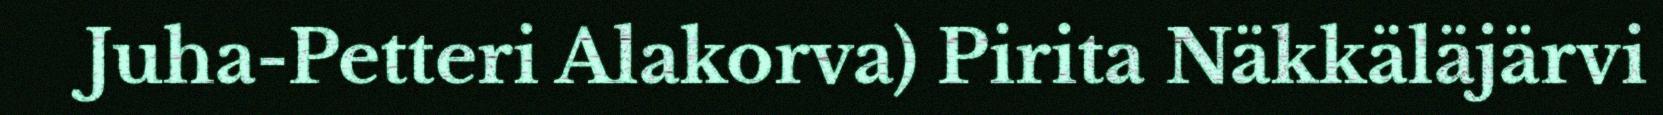
Juha-Petteri Alakorva) Pirita Näkkäläjärvi